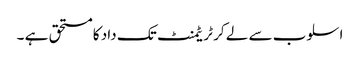
اسلوب سے لے کر ٹریٹمنٹ تک داد کا مستحق ہے ۔